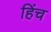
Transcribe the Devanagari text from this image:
हिंच